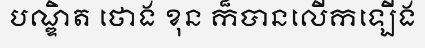
បណ្ឌិត ថោង ខុន ក៏បានលើកឡើង